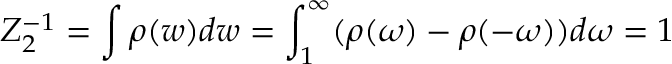
Z _ { 2 } ^ { - 1 } = \int \rho ( w ) d w = \int _ { 1 } ^ { \infty } ( \rho ( \omega ) - \rho ( - \omega ) ) d \omega = 1